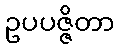
ဥပပဇ္ဇိတာ